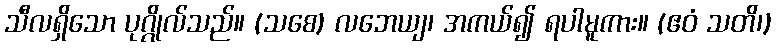
သီလရှိသော ပုဂ္ဂိုလ်သည်။ (သစေ) လဘေယျ၊ အကယ်၍ ရပါမူကား။ (ဧဝံ သတိ၊)